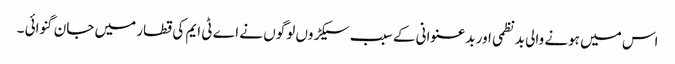
اس میں ہونے والی بدنظمی اور بدعنوانی کے سبب سیکڑوں لوگوں نے اے ٹی ایم کی قطار میں جان گنوائی ۔